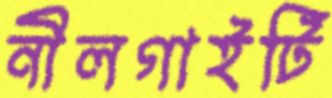
নীলগাইটি